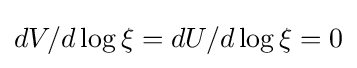
dV/d\log \xi =dU/d\log \xi =0